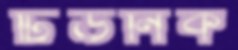
টিউনিক